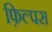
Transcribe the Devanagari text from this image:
फ़िल्पस